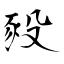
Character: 豛